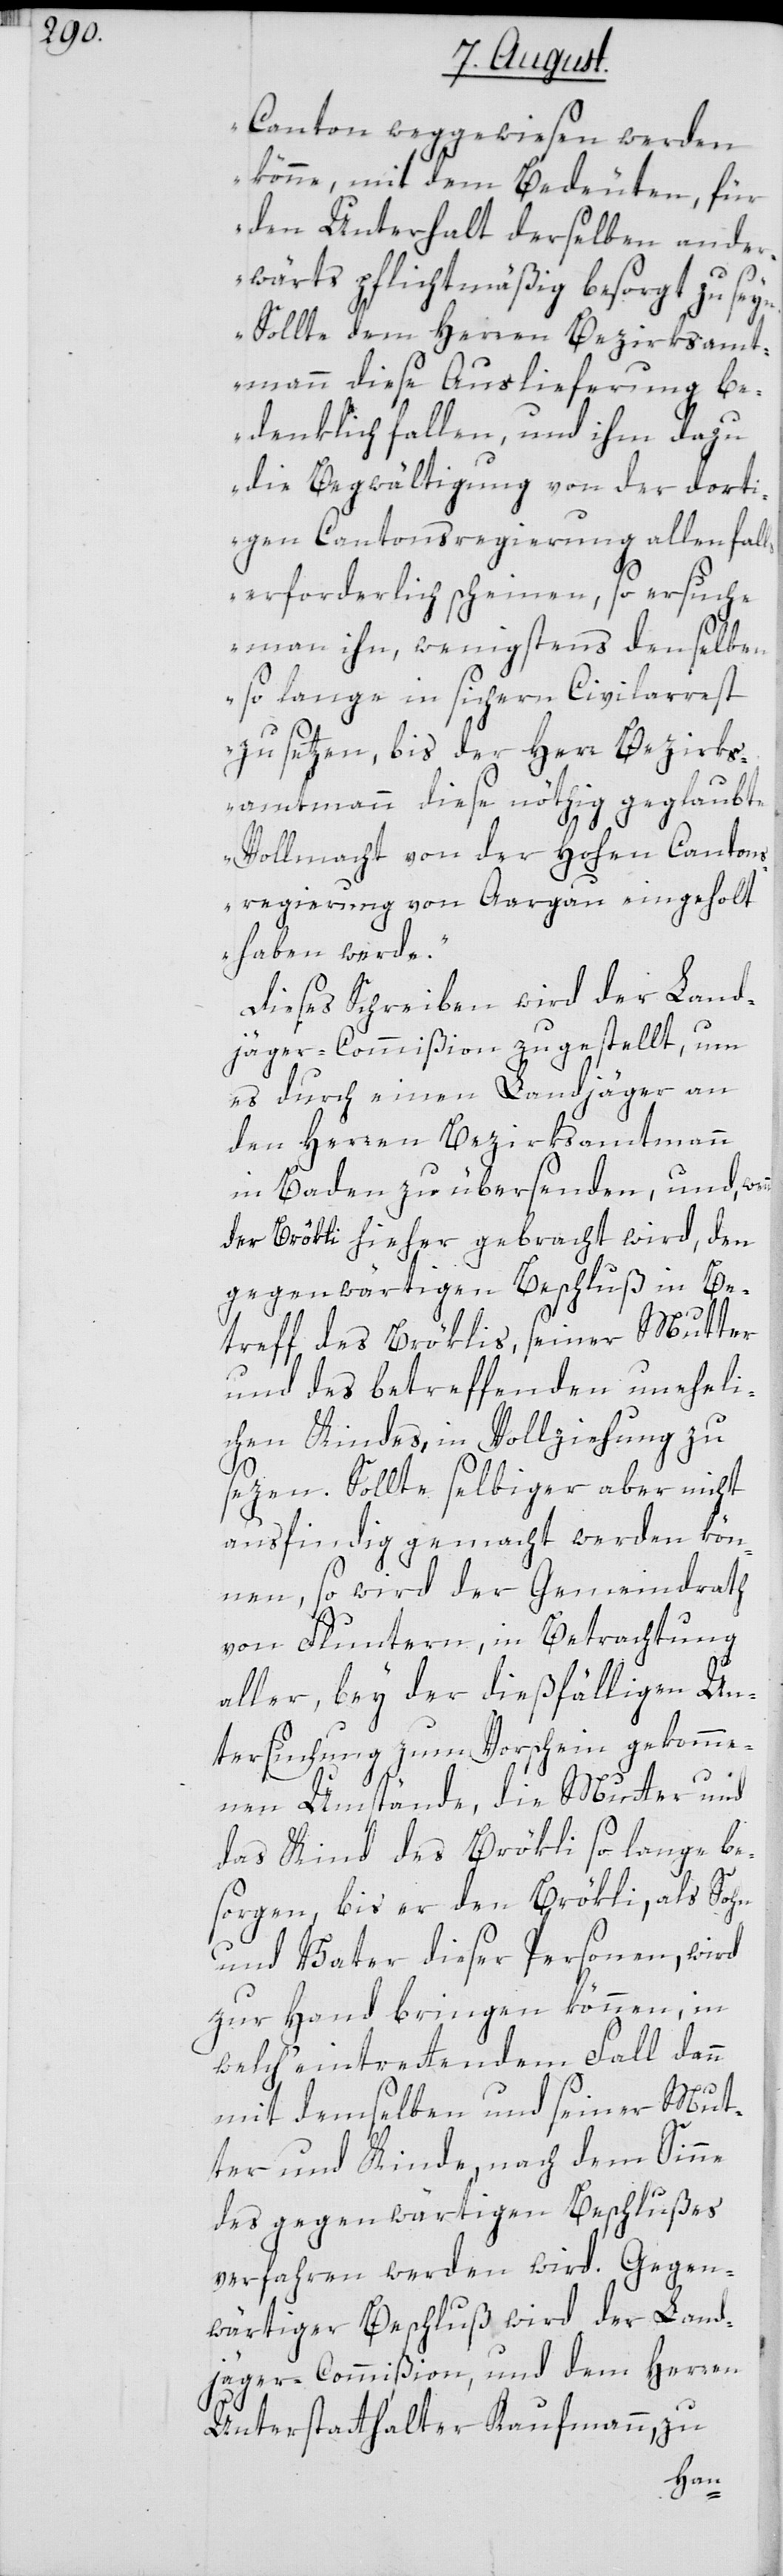
Canton weggewiesen werden
könne, mit dem Bedeuten, für
den Unterhalt derselben ander¬
wärts pflichtmäßig besorgt zu seyn.
Sollte dem Herren Bezirksamt¬
mann diese Auslieferung be¬
denklich fallen, und ihm dazu
die Begwältigung von der dorti¬
gen Cantonsregierung allenfalls
erforderlich scheinen, so ersuche
man ihn, wenigstens denselben
so lange in sichern Civilarrest
zu setzen, bis der Herr Bezirks¬
amtmann diese nöthig geglaubte
Vollmacht von der Hohen Canton¬
sregierung von Aargau eingeholt
haben werde.“
Dieses Schreiben wird der Land¬
jäger-Commißion zugestellt, um
es durch einen Landjäger an
den Herren Bezirksamtmann
in Baden zu übersenden, und,
der Brökli hieher gebracht wird, den
gegenwärtigen Beschluß in Be¬
treff des Bröklis, seiner Mutter
und des betreffenden uneheli¬
chen Kindes, in Vollziehung zu
sezen. Sollte selbiger aber nicht
ausfindig gemacht werden kön¬
nen, so wird der Gemeindrath
von Fluntern, in Betrachtung
aller, bey der dießfälligen Un¬
tersuchung zum Vorschein gekomme¬
nen Umstände, die Mutter und
das Kind des Brökli so lange be¬
sorgen, bis er den Brökli, als Sohn
und Vater dieser Personen, wird
zu Hand bringen können, in
welch eintrettendem Fall dann
mit demselben und seiner Mut¬
ter und Kinde, nach dem Sinne
des gegenwärtigen Beschlußes
verfahren werden wird. Gegen¬
wärtiger Beschluß wird der Land¬
jäger-Commißion, und dem Herren
Unterstatthalter Kaufmann, zu